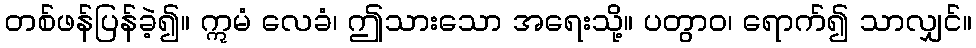
တစ်ဖန်ပြန်ခဲ့၍။ ဣမံ လေခံ၊ ဤသားသော အရေးသို့။ ပတွာဝ၊ ရောက်၍ သာလျှင်။